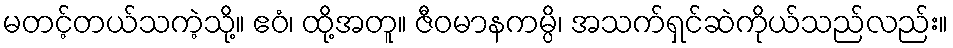
မတင့်တယ်သကဲ့သို့။ ဧဝံ၊ ထို့အတူ။ ဇီဝမာနကမ္ပိ၊ အသက်ရှင်ဆဲကိုယ်သည်လည်း။